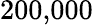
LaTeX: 200{,}000